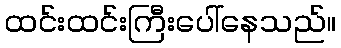
ထင်းထင်းကြီးပေါ်နေသည်။